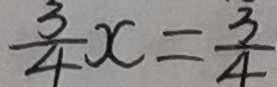
\frac { 3 } { 4 } x = \frac { 3 } { 4 }